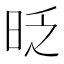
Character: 𣆅